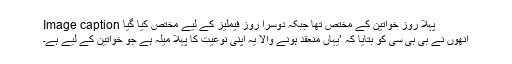
Image caption پہلا روز خواتین کے مختص تھا جبکہ دوسرا روز فیملیز کے لیے مختص کیا گیا
انھوں نے بی بی سی کو بتایا کہ ’یہاں منعقد ہونے والا یہ اپنی نوعیت کا پہلا میلہ ہے جو خواتین کے لیے ہے۔